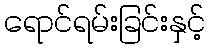
ရောင်ရမ်းခြင်းနှင့်